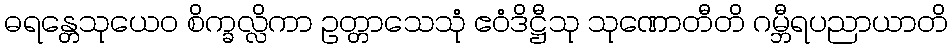
ဓရန္တေသုယေဝ စိက္ခလ္လိကာ ဥတ္တာသေသုံ ဧဝံဒိဋ္ဌီသု သုဏောတီတိ ဂမ္ဘီရပညာယာတိ